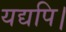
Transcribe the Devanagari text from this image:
यद्यपि।